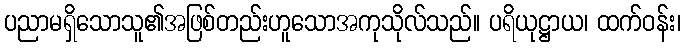
ပညာမရှိသောသူ၏အဖြစ်တည်းဟူသောအကုသိုလ်သည်။ ပရိယုဋ္ဌာယ၊ ထက်ဝန်း၊